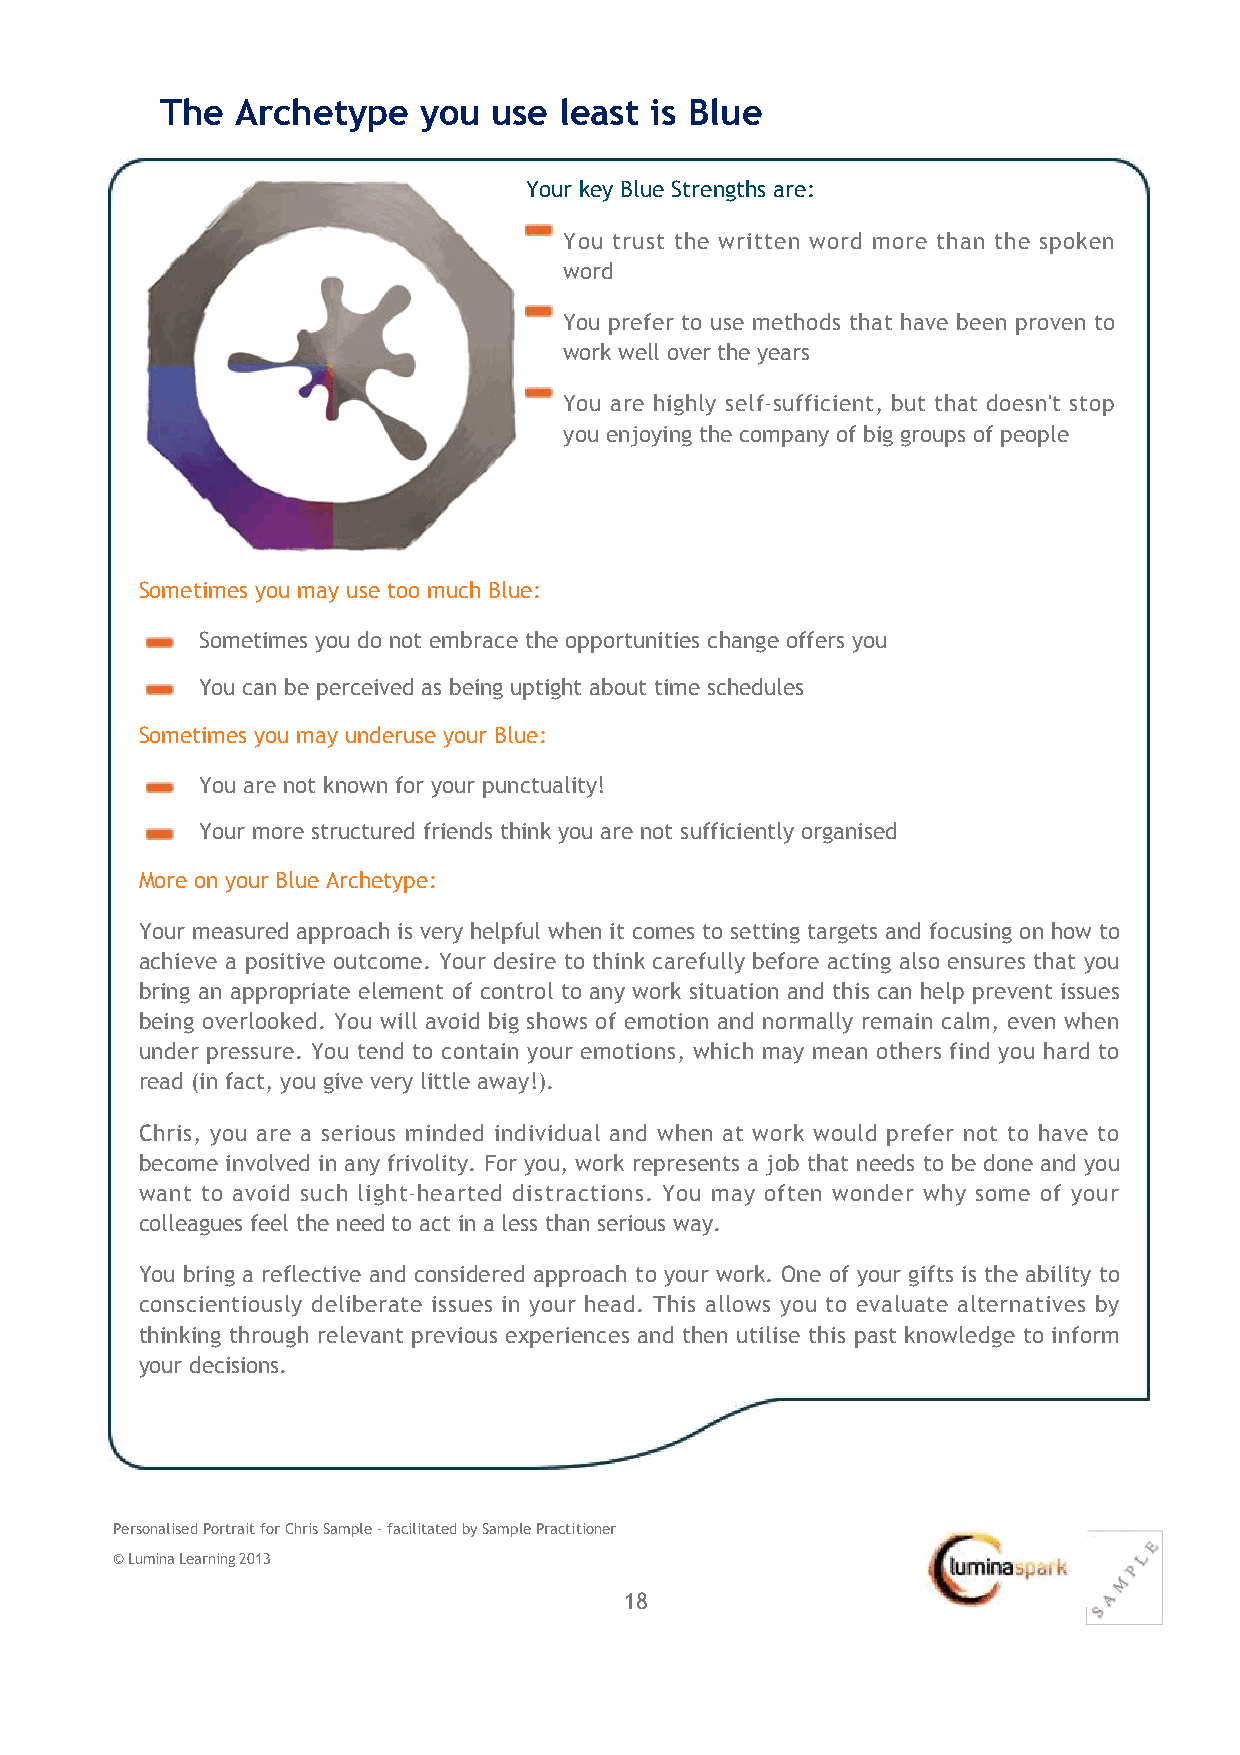
The  Archetype   you  use least is Blue
 Your key Blue Strengths are:
 You trust the written word more than the spoken
 word
 You prefer to use methods that have been proven to
 work well over the years
 You are highly self‐sufficient, but that doesn't stop
 you enjoying the company of big groups of people
 Sometimes you may use too much Blue:
 Sometimes you do not embrace the opportunities change offers you
 You can be perceived as being uptight about time schedules
 Sometimes you may underuse your Blue:
 You are not known for your punctuality!
 Your more structured friends think you are not sufficiently organised
 More on your Blue Archetype:
 Your measured approach is very helpful when it comes to setting targets and focusing on how to
 achieve a positive outcome. Your desire to think carefully before acting also ensures that you
 bring an appropriate element of control to any work situation and this can help prevent issues
 being overlooked. You will avoid big shows of emotion and normally remain calm, even when
 under pressure. You tend to contain your emotions, which may mean others find you hard to
 read (in fact, you give very little away!).
 Chris, you are a serious minded individual and when at work would prefer not to have to
 become involved in any frivolity. For you, work represents a job that needs to be done and you
 want to avoid such light‐hearted distractions. You may often wonder why some of your
 colleagues feel the need to act in a less than serious way.
 You bring a reflective and considered approach to your work. One of your gifts is the ability to
 conscientiously deliberate issues in your head. This allows you to evaluate alternatives by
 thinking through relevant previous experiences and then utilise this past knowledge to inform
 your decisions.
 Personalised Portrait for Chris Sample ‐ facilitated by Sample Practitioner
 © Lumina Learning 2013
 18